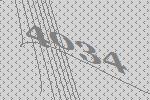
4034